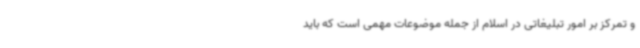
و تمرکز بر امور تبلیغاتی در اسلام از جمله موضوعات مهمی است که باید